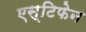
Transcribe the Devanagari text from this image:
एस्टिफेन